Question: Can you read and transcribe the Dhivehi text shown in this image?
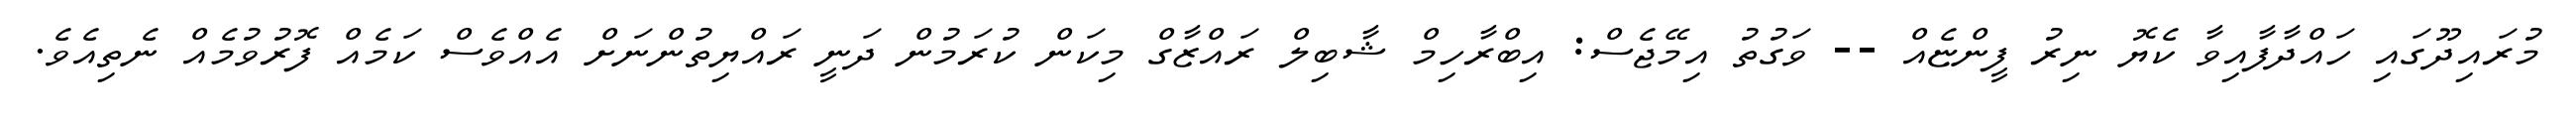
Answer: މުރައިދޫގައި ހައްދާފާއިވާ ކެޔޮ ނިރު ފީންޏެއް -- ވަގުތު އިމޭޖެސް: އިބްރާހިމް ޝާބިލް ރައްޒާގް މިކަން ކުރަމުން ދަނީ ރައްޔިތުންނަށް އެއްވެސް ކަމެއް ފޮރުވުމެއް ނެތިއެވެ.